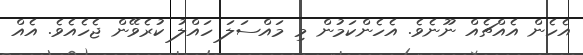
އެހެން އެއްޗެއް ނޫނެވެ. އެހެންކަމުން މި މައްސަލަ ހައްލު ކުރެވޭން ޖެހެއެވެ. އެއް